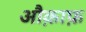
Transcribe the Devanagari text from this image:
औक़ाफ़